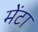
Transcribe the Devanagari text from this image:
मेंटा